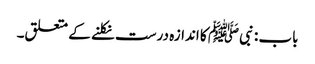
باب : نبیﷺ کا اندازہ درست نکلنے کے متعلق۔